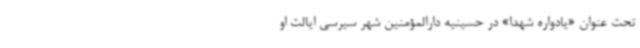
تحت عنوان «یادواره شهدا» در حسینیه دارالمؤمنین شهر سیرسی ایالت او